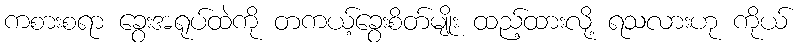
ကစားစရာ ခွေးအရုပ်ထဲကို တကယ့်ခွေးစိတ်မျိုး ထည့်ထားလို့ ရသလားဟု ကိုယ်